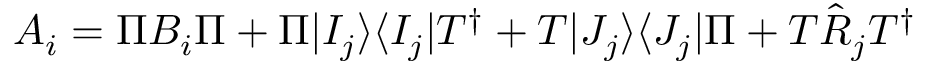
A _ { i } = \Pi B _ { i } \Pi + \Pi | I _ { j } \rangle \langle I _ { j } | T ^ { \dagger } + T | J _ { j } \rangle \langle J _ { j } | \Pi + T \hat { R } _ { j } T ^ { \dagger }